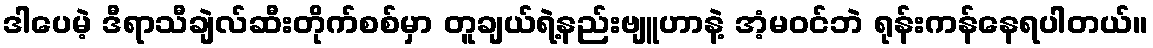
ဒါပေမဲ့ ဒီရာသီချဲလ်ဆီးတိုက်စစ်မှာ တူချယ်ရဲ့နည်းဗျူဟာနဲ့ အံ့မဝင်ဘဲ ရုန်းကန်နေရပါတယ်။